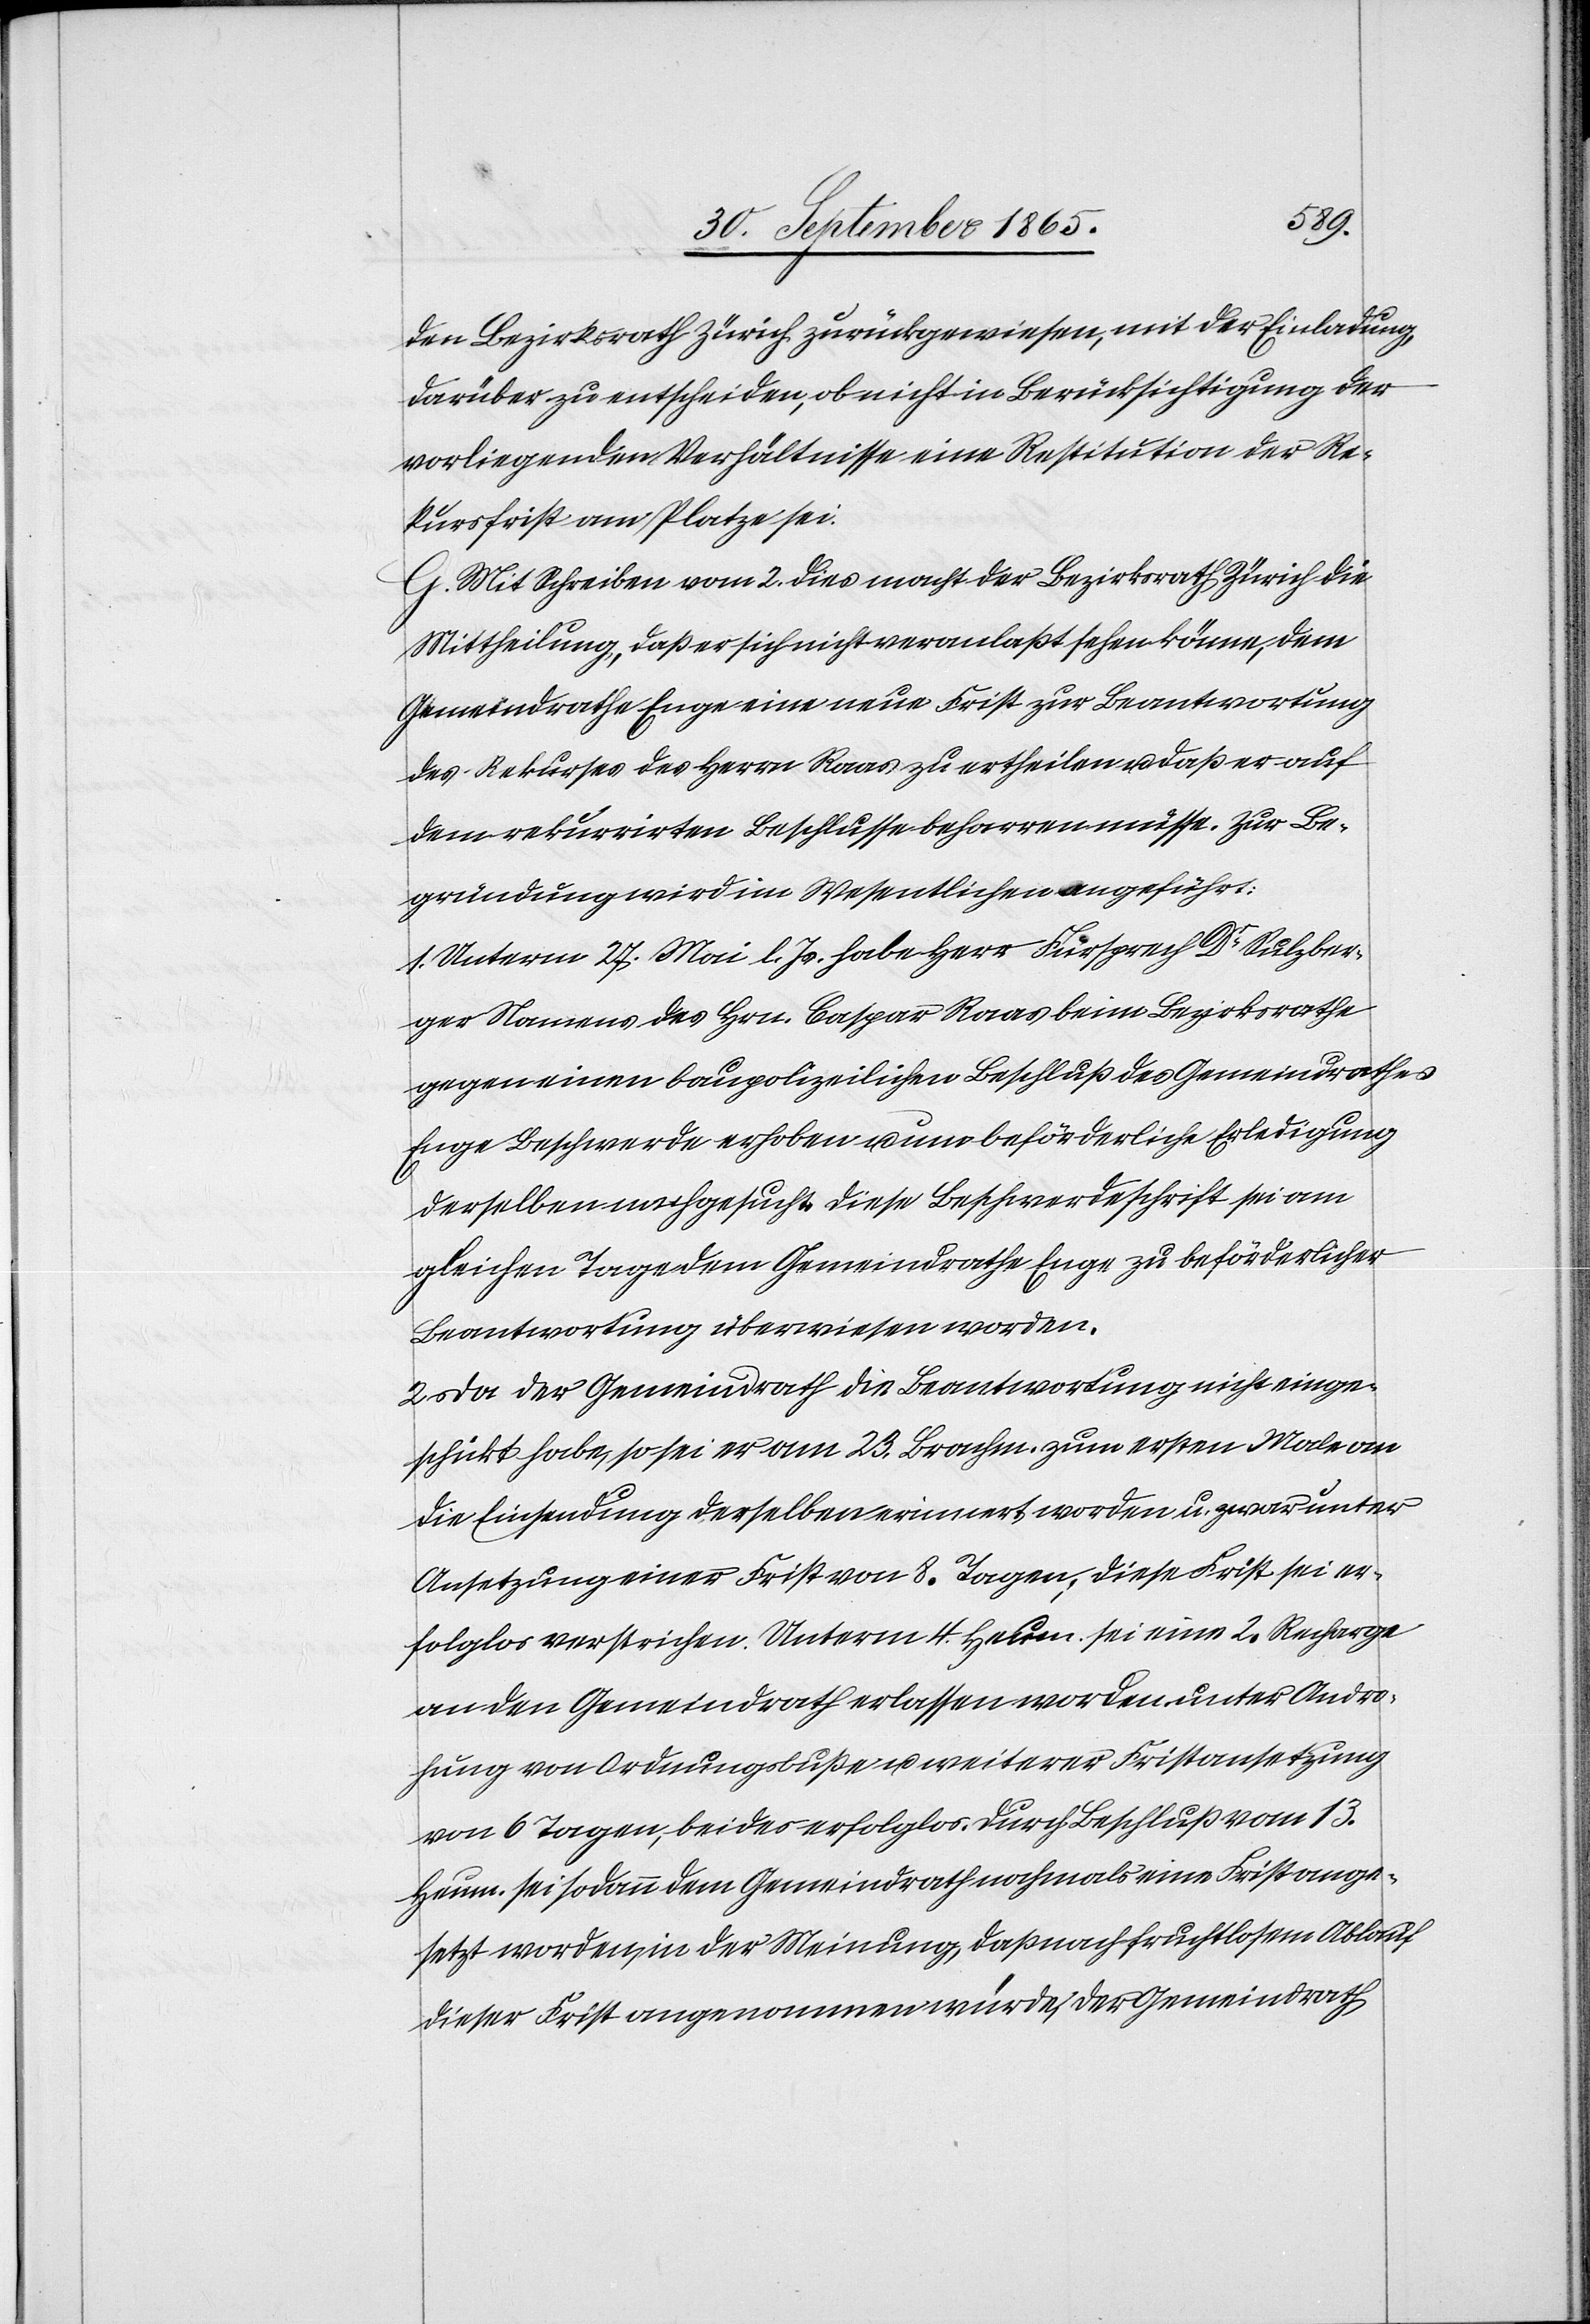
den Bezirksrath Zürich zurückgewiesen, mit der Einladung,
darüber zu entscheiden, ob nicht in Berücksichtigung der
vorliegenden Verhältnisse eine Restitution der Re¬
kursfrist am Platze sei.
G. Mit Schreiben vom 2. dies macht der Bezirksrath Zürich die
Mittheilung, daß er sich nicht veranlaßt sehen könne, dem
Gemeindrathe Enge eine neue Frist zur Beantwortung
des Rekurses des Herrn Raas zu ertheilen u. daß er auf
dem rekurrirten Beschlusse beharren müsse. Zur Be¬
gründung wird im Wesentlichen angeführt:
1. Unterm 27. Mai l. Js. habe Herr Fürsprech Dr Sulzber¬
ger Namens des Hrn. Caspar Raas beim Bezirksrathe
gegen einen baupolizeilichen Beschluß des Gemeindrathes
Enge Beschwerde erhoben u. um beförderliche Erledigung
derselben nachgesucht. Diese Beschwerdeschrift sei am
gleichen Tage dem Gemeindrathe Enge zu beförderlicher
Beantwortung überwiesen worden.
2. Da der Gemeindrath die Beantwortung nicht einge¬
schickt habe, so sei er am 23. Brachm. zum ersten Male an
die Einsendung derselben erinnert worden u. zwar unter
Ansetzung einer Frist von 8. Tagen; diese Frist sei er¬
folglos verstrichen. Unterm 4. Heum. sei eine 2. Recharge
an den Gemeindrath erlassen worden unter Andro¬
hung von Ordnungsbuße u. weiterer Fristansetzung
von 6 Tagen, beides erfolglos. Durch Beschluß vom 13.
Heum. sei sodann dem Gemeindrath nochmals eine Fristange¬
setzt worden, in der Meinung, daß nach fruchtlosem Ablauf
dieser First angenommen würde, der Gemeindrath